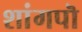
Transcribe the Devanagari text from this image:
शांगपॊ